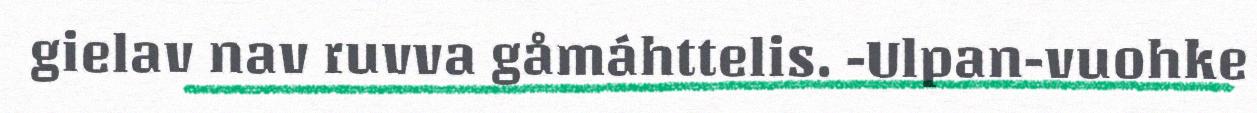
gielav nav ruvva gåmáhttelis. -Ulpan-vuohke